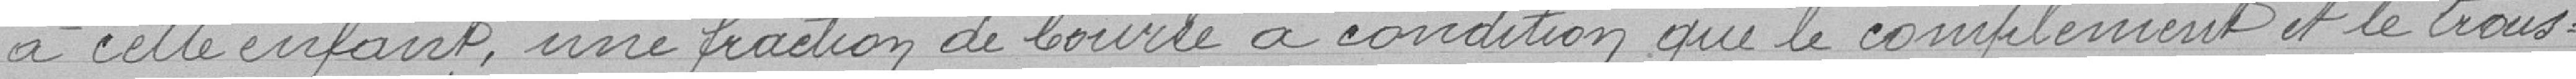
à cette enfant, une fraction de bourse à condition que le complément et le trous